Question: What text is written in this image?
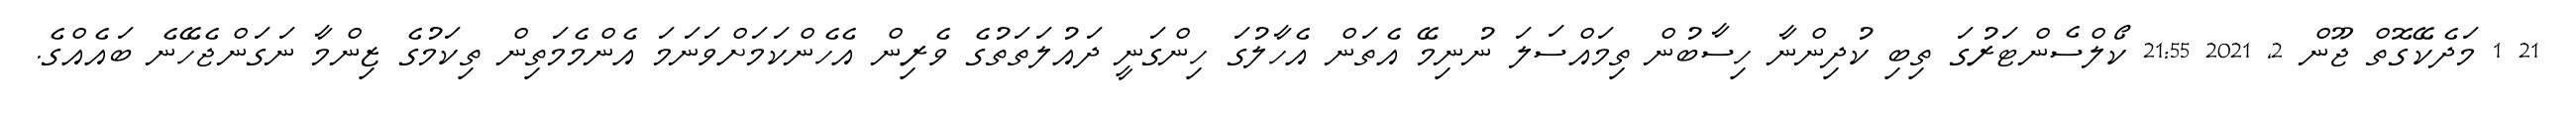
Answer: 21 1 މަދެކޭގޮތް ޖޫން 2, 2021 21:55 ކޯލްސެންޓަރުގަ ތިބި ކުދިންނާ ހިސާބުން ތިމައްސަލަ ނުނިމޭ އެތަން އެހާލުގަ ހިންގަނީ ދައުލަތަތުގެ ވެރިން އެހެންކަމަށްވަނަމަ އެންމެމަތިން ތިކަމުގެ ޒިންމާ ނަގަންޖެހޭނެ ބައެއްގެ.